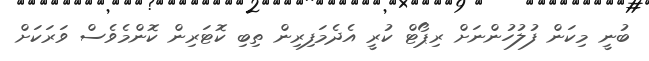
ބުނީ މިކަން ފުލުހުންނަށް ރިޕޯޓް ކުރީ އެދެމަފިރިން ތިބި ކޮޓަރިން ކޮންމެވެސް ވަރަކަށް